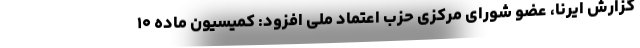
گزارش ایرنا، عضو شورای مرکزی حزب اعتماد ملی افزود: کمیسیون ماده ۱۰